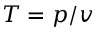
T = p / v